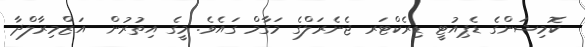
ކޮމިޝަންގެ ޑެޕިއުޓީ ޑިރެކްޓަރ ޖެނެރަލްގެ މަގާމް ގައެވެ. މީގެ އިތުރުން  އަޒްމިރާލްދާ